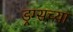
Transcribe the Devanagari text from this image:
ड्रग्सच्या